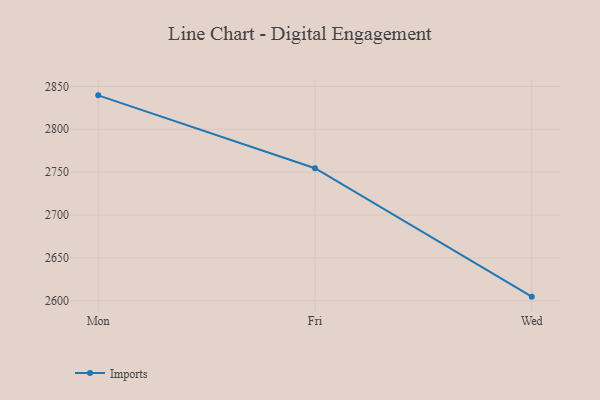
{"axis": {"x": "Day", "y": "Production Output"}, "legend": ["Imports"], "data": [{"x": "Mon", "y": 2839.6, "type": "Imports"}, {"x": "Fri", "y": 2754.6, "type": "Imports"}, {"x": "Wed", "y": 2604.7, "type": "Imports"}]}